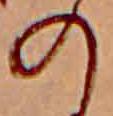
の